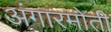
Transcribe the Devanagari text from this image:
अंगारमोती